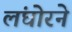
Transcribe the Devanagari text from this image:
लंघोरने